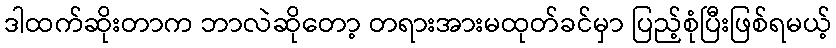
ဒါထက်ဆိုးတာက ဘာလဲဆိုတော့ တရားအားမထုတ်ခင်မှာ ပြည့်စုံပြီးဖြစ်ရမယ့်